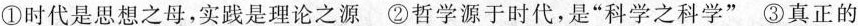
①时代是思想之母，实践是理论之源②哲学源于时代，是”科学之科学”③真正的